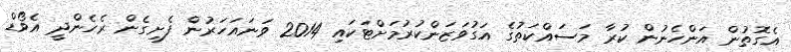
އެގޮތުން އަންހެނުން ކުރާ މަސައްކަތުގެ އަގުވަޒަންކުރުމަށްޓަކައި 2014 ވަނައަހަރުން ފެށިގެން ރެހެންދީ އެވޯޑް